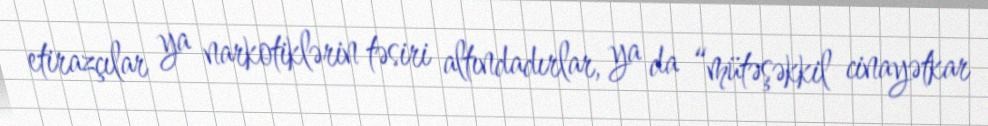
etirazçılar ya narkotiklərin təsiri altındadırlar, ya da “mütəşəkkil cinayətkar